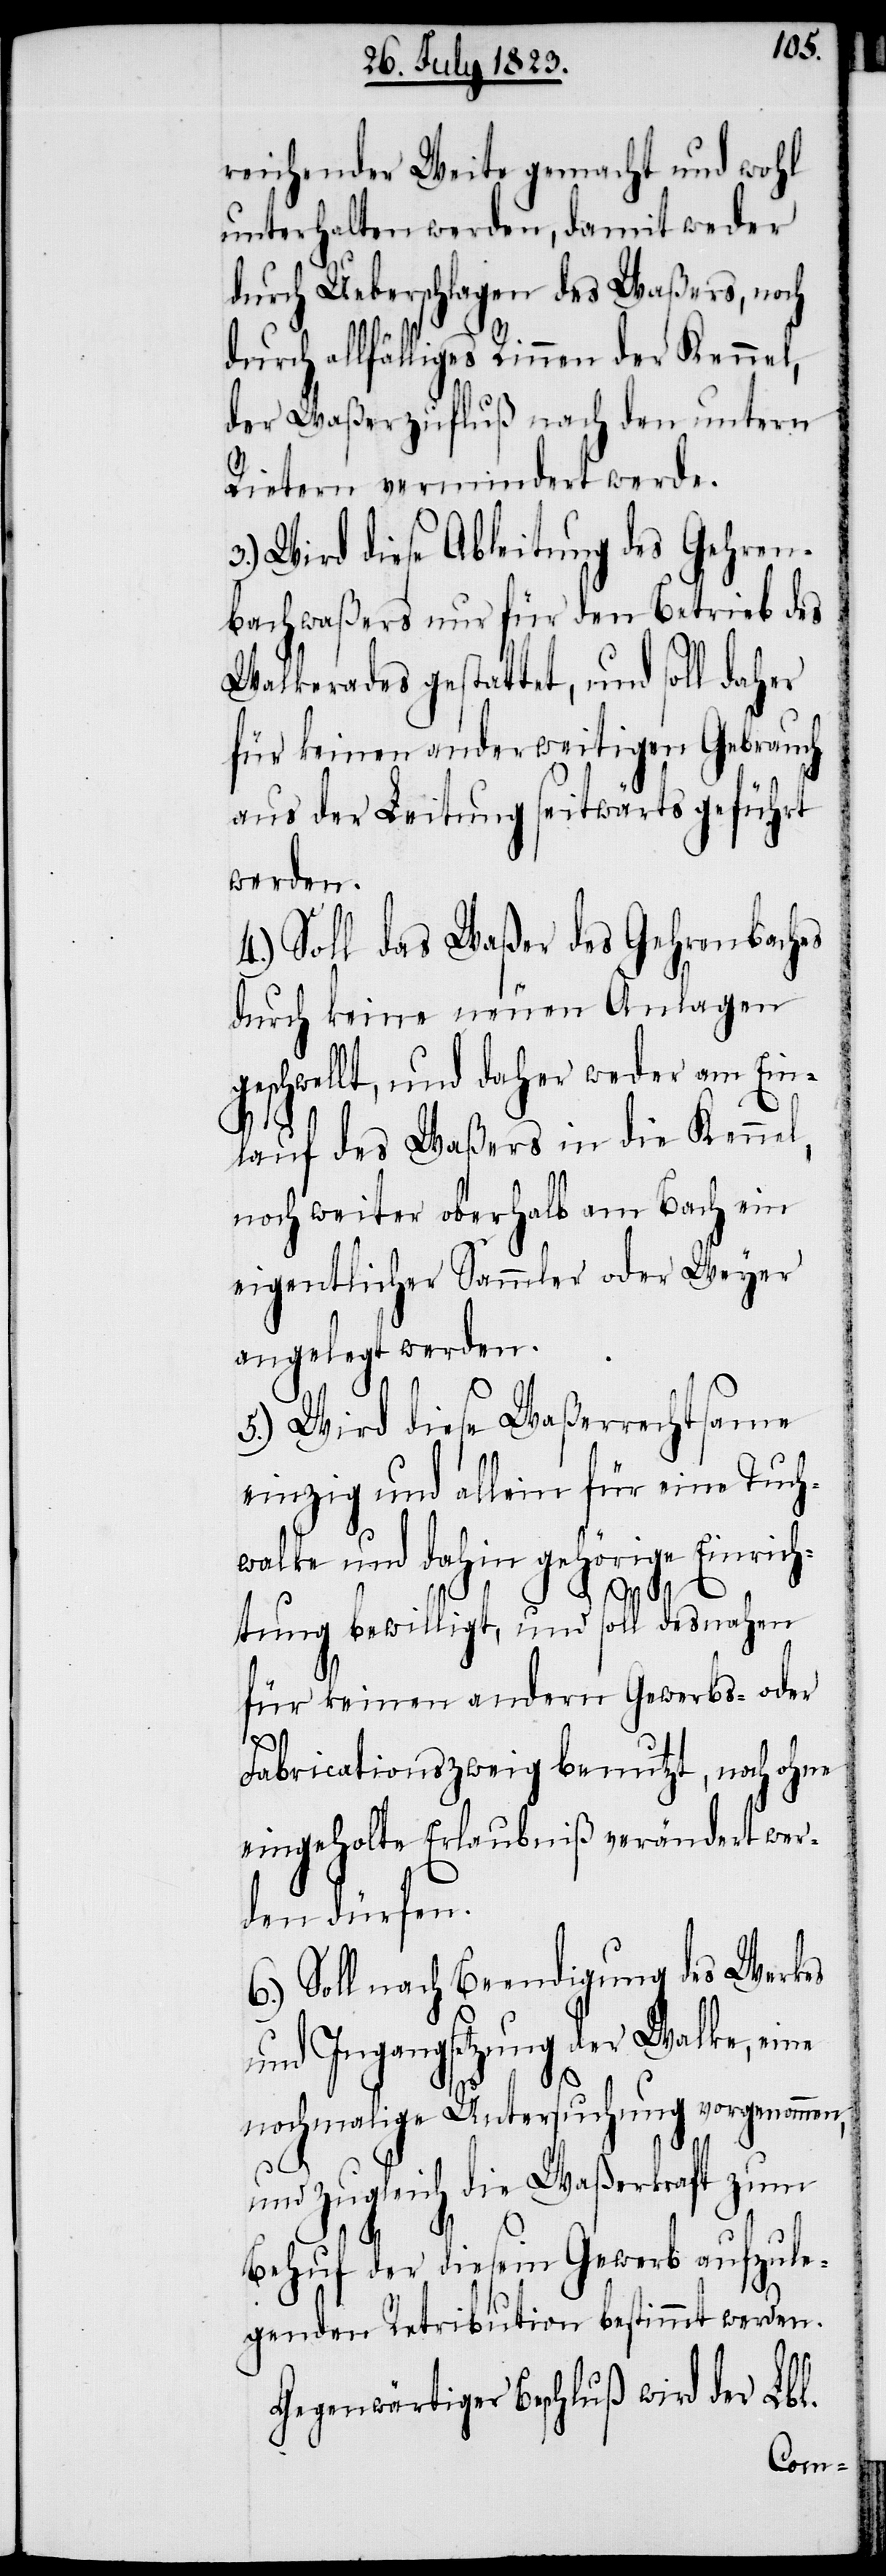
reichender Weite gemacht und wohl
unterhalten werden, damit weder
durch Ueberschlagen des Waßers, noch
durch allfälliges Rinnen der Kennel,
der Waßerzufluß nach den untern
Rietern vermindert werde.
3.) Wird diese Ableitung des Gehren¬
bachwaßers nur für den Betrieb des
Walkerades gestattet, und soll daher
für keinen anderweitigen Gebrauch
aus der Leitung seitwärts geführt
werden.
4.) Soll das Waßer des Gehrenbaches
durch keine neuen Anlagen
geschwellt, und daher weder am Ein¬
lauf des Waßers in die Kennel,
noch weiter oberhalb am Bach ein
eigentlicher Sammler oder Weyer
angelegt werden.
5.) Wird diese Waßerrechtsame
einzig und allein für eine Tuch¬
walke und dahin gehörige Einrich¬
tung bewilligt, und soll desnahen
für keinen andern Gewerbs- oder
Fabricationszweig benutzt, noch ohne
eingeholte Erlaubniß verändert wer¬
den dürfen.
6.) Soll nach Beendigung des Werkes
und Ingangsetzung der Walke, eine
nochmalige Untersuchung vorgenommen,
und zugleich die Waßerkraft zum
Behuf der diesem Gewerb aufzule¬
genden Retribution bestimmt werden.
Gegenwärtiger Beschluß wird der Lbl.